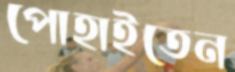
পোহাইতেন